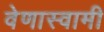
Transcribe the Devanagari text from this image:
वेणास्वामी